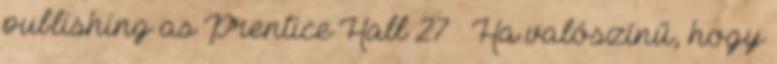
publishing as Prentice Hall 27  Ha valószínű, hogy